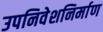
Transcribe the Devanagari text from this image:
उपनिवेशनिर्माण